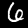
Digit: 6